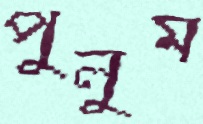
পুলুম